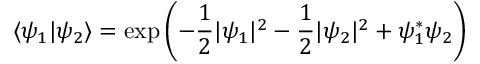
\langle \psi _ { 1 } | \psi _ { 2 } \rangle = \exp \left( - \frac { 1 } { 2 } | \psi _ { 1 } | ^ { 2 } - \frac { 1 } { 2 } | \psi _ { 2 } | ^ { 2 } + \psi _ { 1 } ^ { * } \psi _ { 2 } \right)